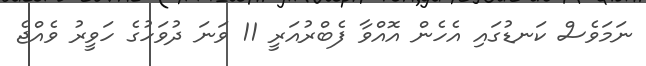
ނަމަވެސް ކަނޑުގައި އެހެން އޮއްވާ ފެބްރުއަަރީ 11 ވަނަ ދުވަހުގެ ހަވީރު ވެއްޖެ